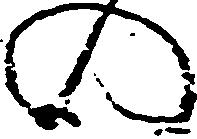
の